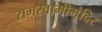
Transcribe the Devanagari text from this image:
रामस्वामीमंदिर